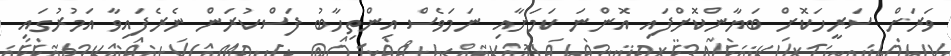
ވަރަށް ސަރީހަކޮށް ބަޔާންކޮށްފައި އޮންނަ ކަމަށާއި ނަމަވެސް އިންތިހާބު ފަސްކުރަން ނެރެފައިވާ އަމުރުގައި